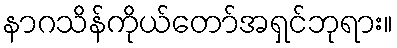
နာဂသိန်ကိုယ်တော်အရှင်ဘုရား။